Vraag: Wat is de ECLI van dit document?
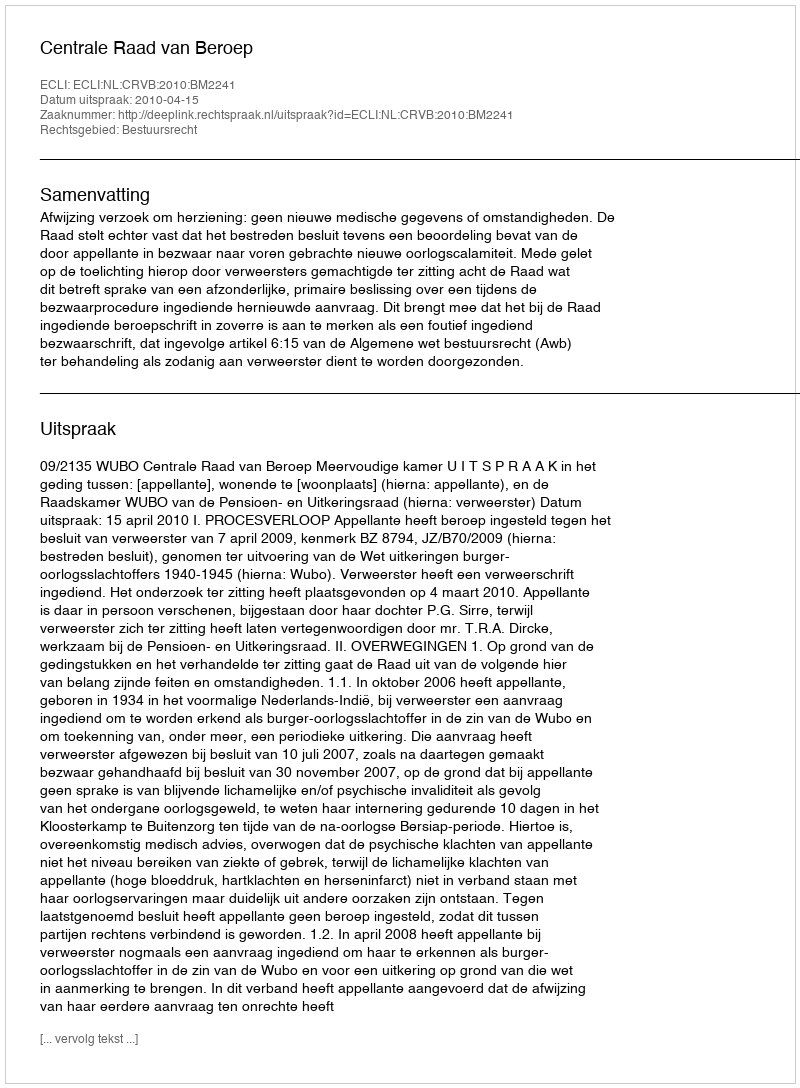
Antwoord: ECLI:NL:CRVB:2010:BM2241